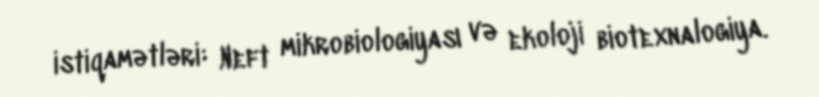
istiqamətləri: Neft mikrobiologiyası və ekoloji biotexnalogiya.